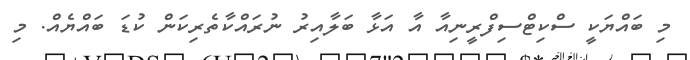
މި ބައްޔަކީ ސްކިޓްސިފްރީނިއާ އާ އަޅާ ބަލާއިރު ނުރައްކާތެރިކަން ކުޑަ ބައްޔެއް. މި